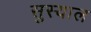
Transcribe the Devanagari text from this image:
सुस्याल